Sanitation, dispensaries and jails vaccination Rajputana 1922-1927 - 1922-1927
Year: 1922
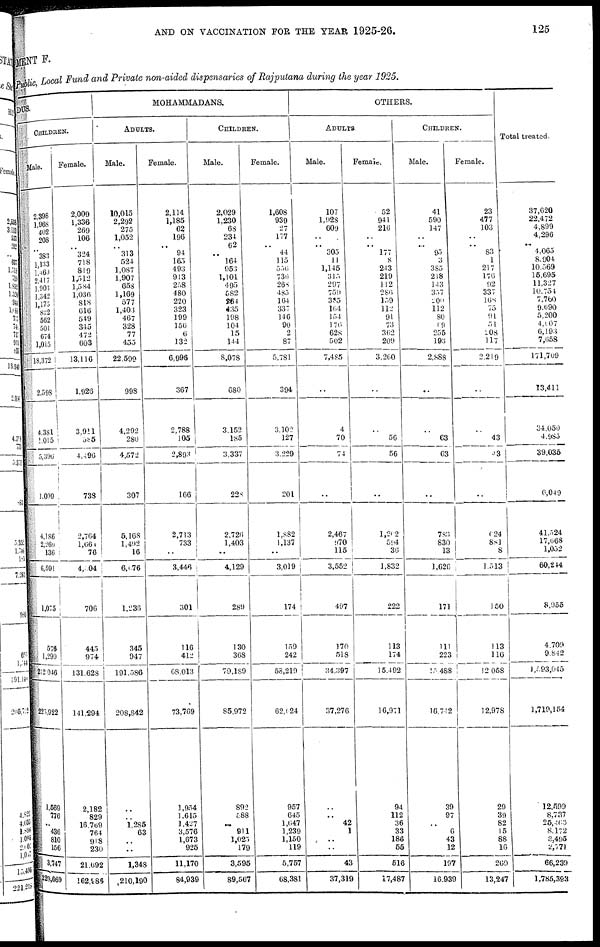
AND ON VACCINATION FOR THE YEAR 1925-26.
125
MENT F.
Public, Local Fund and Private non-aided dispensaries of Rajputana during the year 1925.
DUS.
CHILDREN.
Male.
2,398
1,968
402
208
..
383
1,133
1,469
2,417
1,903
1,342
1,175
822
562
501
674
1,015
18,372
2,598
4,381
1,015
5,396
1,099
4,786
2,289
136
6,591
1,075
576
1,299
212,046
225,922
1,669
776
..
436
810
156
3, 747
229,669
Female.
2,009
1,336
269
106
..
324
718
819
1,512
1,584
1,036
818
616
549
345
472
603
13,116
1,926
3,911
585
4,496
738
2,764
1,664
76
4,504
706
445
974
131,628
141,294
2,182
829
16,769
764
918
230
21,092
162,986
MOHAMMADANS.
ADULTS.
Male.
10,015
2,292
275
1,052
..
313
524
1,087
1,907
653
1,169
577
1,403
467
328
77
455
22,599
998
4,292
280
4,572
307
5,168
1,492
16
6,676
1,236
345
947
191,586
208,842
..
..
1,285
63
..
..
1,348
210,190
Female.
2,114
1,185
62
196
.. 94
165
493
913
258
480
220
323
199
156
6
132
6,996
367
2,788
105
2,893
166
2,713
733
..
3,446
301
116
412
68,013
73,769
1,954
1,615
1,427
3,576
1,673
925
11,170
84,939
CHILDREN.
Male.
2,029
1,230
68
234
62
..
164
953
1,101
495
582
264
435
198
104
15
144
8,078
680
3,152
185
3,337
228
2,726
1,403
..
4,129
289
130
368
79,189
85,972
892
588
..
911
l,025
179
3,595
89,567
Female.
1,608
939
27
177
.. 44
115
556
736
268
485
164
337
146
90
2
87
5,781
394
3,102
127
3,229
201
1,882
1,137
..
3,019
174
159
242
58,219
62,624
957
645
1,047
1,239
1,150
119
5,757
68,381
OTHERS.
ADULTS
Male.
107
1,923
609
..
.. 305
11
1,145
315
297
759
385
164
154
170
628
502
7,485
..
4
70
74
..
2,467
970
115
3,552
497
170
518
34,397
37,276
..
..
42
1
..
..
43
37,319
Female.
52
941
210
..
..
177
8
243
219
112
286
159
112
91
73
362
209
3,260
..
..
56
56
..
1,202
594
36
1,832
222
113
174
15,492
16,971
94
112
36
33
186
56
516
17,487
CHILDREN.
Male.
41
590
147
..
..
95
3
385
218
143
357
200
112
80
69
255
193
2,888
..
..
63
63
..
783
830
13
1,620
171
111
223
15,488
16,742
39
97
..
6
43
12
197
16,939
Female.
23
477
103
..
..
83
1
217
176
92
337
168
75
91
51
208
117
2,219
..
..
43
43
..
624
881
8
1,513
150
113
110
12,058
12,978
29
39
82
15
88
10
269
13,247
Total treated.
37,620
22,472
4,899
4,296
.. 4,065
8,904
10,569
16,695
11,327
10,754
7,760
9,690
5,200
4,007
6,193
7,658
171,709
13,411
34,050
4,985
39,035
6,049
41,524
17,668
1,052
60,244
8,955
4,709
9,842
1,593,045
1,719,154
12,599
8,737
26,465
8,172
8,495
2,771
66,239
1,785,393